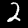
Digit: 2